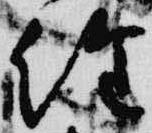
経